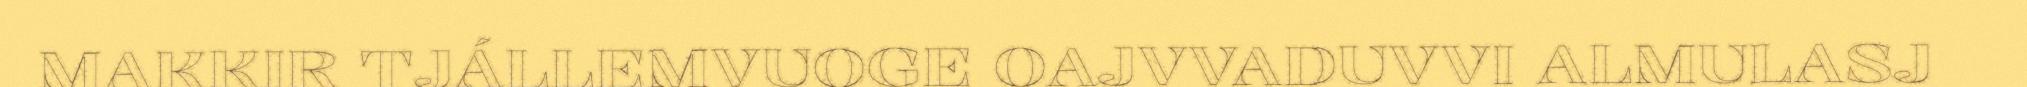
MAKKIR TJÁLLEMVUOGE OAJVVADUVVI ALMULASJ